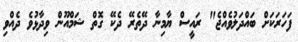
ފަހަރަކަށް ބައްދަލުވެއްޖެ" ރައީސް ޔާމިނާ ދޭތެރޭ ދެކޭ ގޮތް ޝަމްއޫން ވިދާޅުވެ ދެއްވި